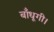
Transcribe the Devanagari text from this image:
बाँधूगी।